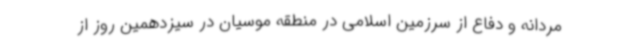
مردانه و دفاع از سرزمین اسلامی در منطقه موسیان در سیزدهمین روز از